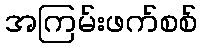
အကြမ်းဖက်စစ်